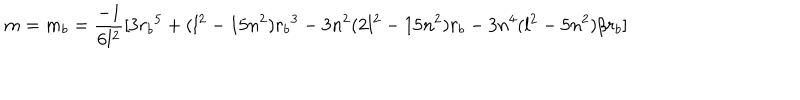
LaTeX: m = m _ { b } = { \frac { - 1 } { 6 l ^ { 2 } } } [ 3 { r _ { b } } ^ { 5 } + ( l ^ { 2 } - 1 5 n ^ { 2 } ) { r _ { b } } ^ { 3 } - 3 n ^ { 2 } ( 2 l ^ { 2 } - 1 5 n ^ { 2 } ) { r _ { b } } - 3 n ^ { 4 } ( l ^ { 2 } - 5 n ^ { 2 } ) / r _ { b } ]